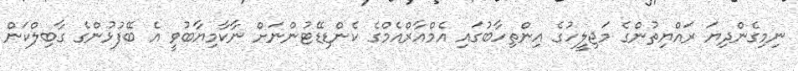
ނިމިގެންދިޔަ ރައްޔިތުންގެ މަޖިލީހުގެ އިންތިހާބުގައި އެމްއާރްއެމްގެ ކެންޑިޑޭޓުންނަށް ނާކާމިޔާބުވީ އެ ބޭފުޅުންގެ ގާބިލްކަން